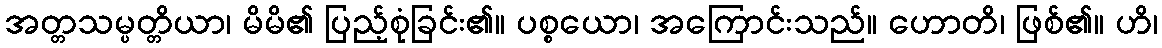
အတ္တသမ္ပတ္တိယာ၊ မိမိ၏ ပြည့်စုံခြင်း၏။ ပစ္စယော၊ အကြောင်းသည်။ ဟောတိ၊ ဖြစ်၏။ ဟိ၊